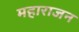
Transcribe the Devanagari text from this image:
महाराजन